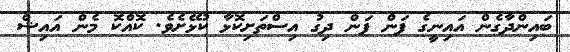
ބައިންދާގެން އައިނީގެ ފަން ފަން ދިގު އިސްތަށިކޮޅާ ކުޅޭށެވެ. ކޮއްކޮ މެން އައިޝް